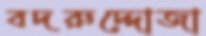
বদরুদ্দোজা